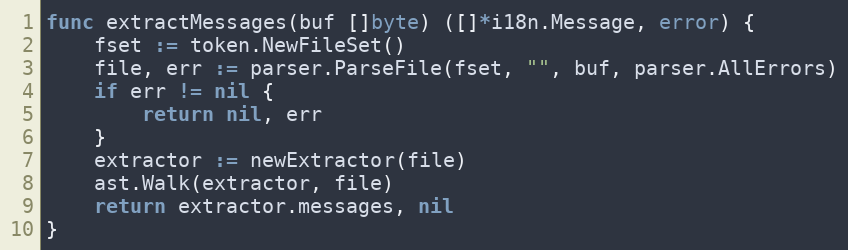
Language: Go
func extractMessages(buf []byte) ([]*i18n.Message, error) {
	fset := token.NewFileSet()
	file, err := parser.ParseFile(fset, "", buf, parser.AllErrors)
	if err != nil {
		return nil, err
	}
	extractor := newExtractor(file)
	ast.Walk(extractor, file)
	return extractor.messages, nil
}